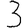
Digit: 3